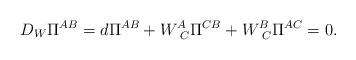
LaTeX: \begin{align*}D_{W}\Pi ^{AB}=d\Pi ^{AB}+W_{\,\;C}^{A}\Pi ^{CB}+W_{\,\; C}^{B}\Pi ^{AC}=0.\end{align*}